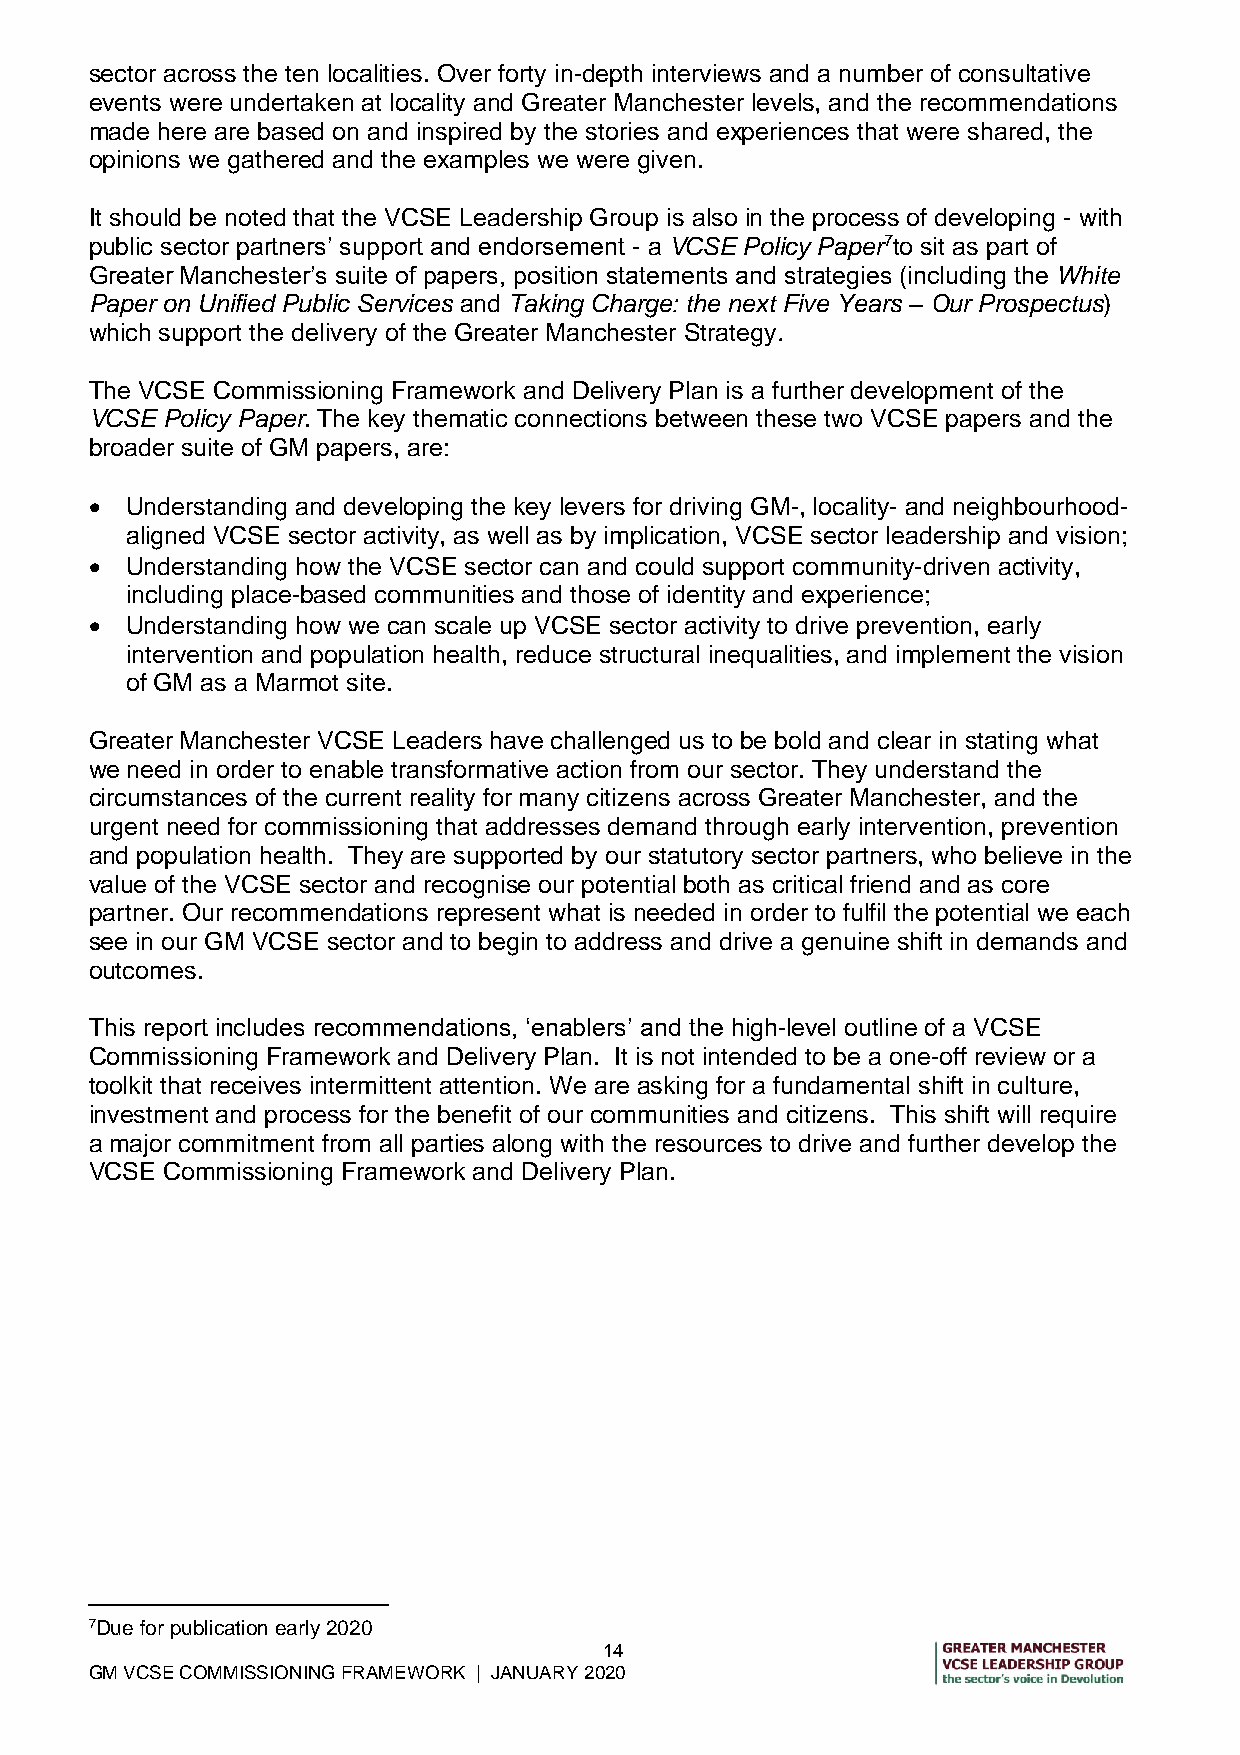
sector across the ten localities. Over forty in-depth interviews and a number of consultative
 events were undertaken at locality and Greater Manchester levels, and the recommendations
 made here are based on and inspired by the stories and experiences that were shared, the
 opinions we gathered and the examples we were given.
 It should be noted that the VCSE Leadership Group is also in the process of developing - with
 public sector partners’ support and endorsement - a VCSE Policy Paper7to sit as part of
 Greater Manchester’s suite of papers, position statements and strategies (including the White
 Paper on Unified Public Services and Taking Charge: the next Five Years – Our Prospectus)
 which support the delivery of the Greater Manchester Strategy.
 The VCSE Commissioning Framework and Delivery Plan is a further development of the
 VCSE Policy Paper. The key thematic connections between these two VCSE papers and the
 broader suite of GM papers, are:
  Understanding and developing the key levers for driving GM-, locality- and neighbourhood-
 aligned VCSE sector activity, as well as by implication, VCSE sector leadership and vision;
  Understanding how the VCSE sector can and could support community-driven activity,
 including place-based communities and those of identity and experience;
  Understanding how we can scale up VCSE sector activity to drive prevention, early
 intervention and population health, reduce structural inequalities, and implement the vision
 of GM as a Marmot site.
 Greater Manchester VCSE Leaders have challenged us to be bold and clear in stating what
 we need in order to enable transformative action from our sector. They understand the
 circumstances of the current reality for many citizens across Greater Manchester, and the
 urgent need for commissioning that addresses demand through early intervention, prevention
 and population health. They are supported by our statutory sector partners, who believe in the
 value of the VCSE sector and recognise our potential both as critical friend and as core
 partner. Our recommendations represent what is needed in order to fulfil the potential we each
 see in our GM VCSE sector and to begin to address and drive a genuine shift in demands and
 outcomes.
 This report includes recommendations, ‘enablers’ and the high-level outline of a VCSE
 Commissioning Framework and Delivery Plan. It is not intended to be a one-off review or a
 toolkit that receives intermittent attention. We are asking for a fundamental shift in culture,
 investment and process for the benefit of our communities and citizens. This shift will require
 a major commitment from all parties along with the resources to drive and further develop the
 VCSE Commissioning Framework and Delivery Plan.
 7Due for publication early 2020
 14
 GM VCSE COMMISSIONING FRAMEWORK | JANUARY 2020